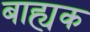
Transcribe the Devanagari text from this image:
बाह्यक